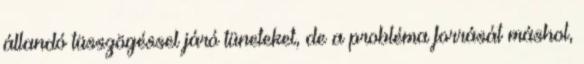
állandó tüsszögéssel járó tüneteket, de a probléma forrását máshol,